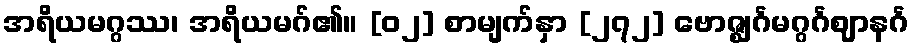
အရိယမဂ္ဂဿ၊ အရိယမဂ်၏။ [၀၂] စာမျက်နှာ [၂၇၂] ဗောဇ္ဈင်္ဂမဂ္ဂင်္ဂဈာနင်္ဂ